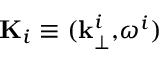
\mathbf { K } _ { i } \equiv ( \mathbf { k } _ { \perp } ^ { i } \mathbf { , } \omega ^ { i } )